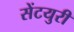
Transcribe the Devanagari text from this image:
सेंटयुरी